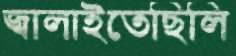
জ্বালাইতেছিলি